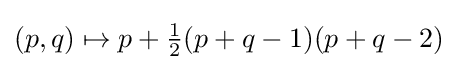
(p,q)\mapsto p+{\tfrac {1}{2}}(p+q-1)(p+q-2)